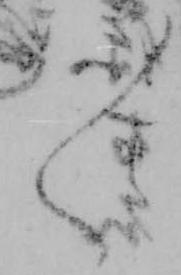
々